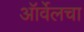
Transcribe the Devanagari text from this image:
ऑर्वेलचा